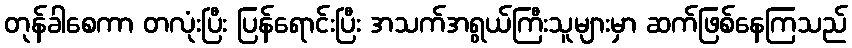
တုန်ခါစေကာ တလုံးပြီး ပြန်ရောင်းပြီး အသက်အရွယ်ကြီးသူများမှာ ဆက်ဖြစ်နေကြသည်